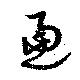
逼